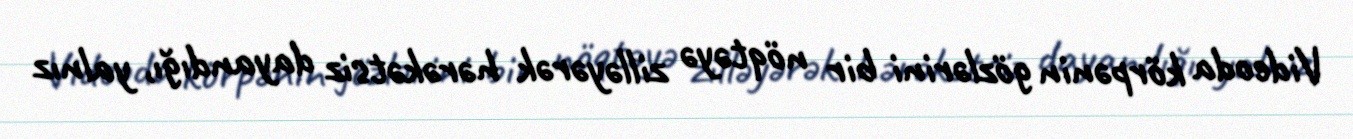
Videoda körpənin gözlərini bir nöqtəyə zilləyərək hərəkətsiz dayandığı, yalnız